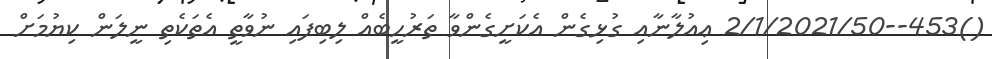
()453--2/1/2021/50 ޢިއުލާނާއި ގުޅިގެން އެކަށީގެންވާ ތަރުހީބެއް ލިބިފައި ނުވާތީ އެތަކެތި ނީލަން ކިޔުމަށް